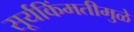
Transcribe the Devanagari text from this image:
सूर्यकिंमतीमुळे